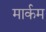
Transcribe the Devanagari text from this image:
मार्कम